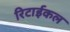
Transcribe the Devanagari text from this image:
रिटाईकल